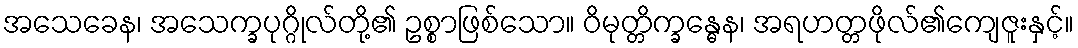
အသေခေန၊ အသေက္ခပုဂ္ဂိုလ်တို့၏ ဥစ္စာဖြစ်သော။ ဝိမုတ္တိက္ခန္ဓေန၊ အရဟတ္တဖိုလ်၏ကျေဇူးနှင့်။